Sanitation, dispensaries and jails vaccination Rajputana 1922-1927 - 1922-1927
Year: 1922
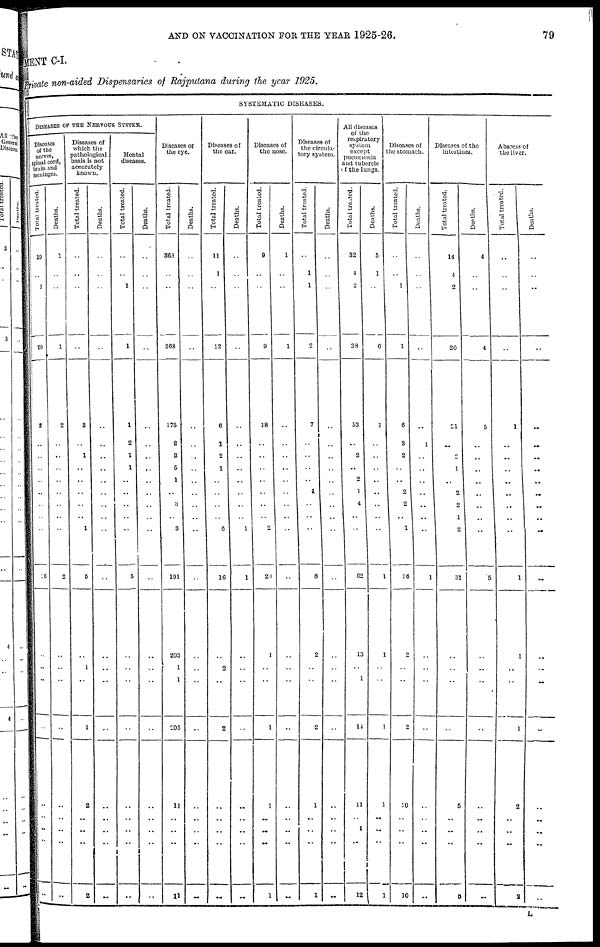
AND ON VACCINATION FOR THE YEAR 1925-26.
79
MENT C-I.
Private non-aided Dispensaries of Rajputana during the year 1925.
SYSTEMATIC DISEASES.
DISEASES OF THE NERVOUS SYSTEM.
Diseases
of the
nerves,
spinal cord,
brain and
meninges.
Total treated.
19
..
1
20
2
..
..
..
..
..
..
..
..
26
..
..
..
..
..
..
..
..
..
Deaths.
1
..
..
1
2
..
..
..
..
..
..
..
..
2
..
..
..
..
..
..
..
..
..
Diseases of
which the
pathological
basis is not
accurately
known.
Total treated.
..
..
..
..
3
..
1
..
..
..
..
..
1
5
..
1
..
1
2
..
..
..
2
Deaths.
..
..
..
..
..
..
..
..
..
..
..
..
..
..
..
..
..
..
..
..
..
..
..
Mental
diseases.
Total treated.
..
..
1
1
1
2
1
1
..
..
..
..
..
5
..
..
..
..
..
..
..
..
..
Deaths.
..
..
..
..
..
..
..
..
..
..
..
..
..
..
..
..
..
..
..
..
..
..
..
Diseases of
the eye.
Total treated.
368
..
..
368
175
2
2
5
1
..
3
..
3
191
203
1
1
205
11
..
..
..
11
Deaths.
..
..
..
..
..
..
..
..
..
..
..
..
..
..
..
..
..
..
..
..
..
..
..
Diseases of
the ear.
Total treated.
11
1
..
12
6
1
2
1
..
..
..
..
6
16
..
2
..
2
..
..
..
..
..
Deaths.
..
..
..
..
..
..
..
..
..
..
..
..
1
1
..
..
..
..
..
..
..
..
..
Diseases of
the nose.
Total treated.
9
..
..
9
18
..
..
..
..
..
..
..
2
20
1
..
..
1
1
..
..
..
1
Deaths.
1
..
..
1
..
..
..
..
..
..
..
..
..
..
..
..
..
..
..
..
..
..
..
Diseases of
the circula-
tory system.
Total treated.
..
1
1
2
7
..
..
..
..
1
..
..
..
8
2
..
..
2
1
..
..
..
1
Deaths.
..
..
..
..
..
..
..
..
..
..
..
..
..
..
..
..
..
..
..
..
..
..
..
All diseases
of the
respiratory
system
except
pneumonia
and tubercle
of the lungs.
Total treated.
32
4
2
38
53
..
2
..
2
1
4
..
..
62
13
..
1
14
11
..
1
..
12
Deaths.
5
1
..
6
1
..
..
..
..
..
..
..
..
1
1
..
..
1
1
..
..
..
1
Diseases of
the stomach.
Total treated.
..
..
1
1
6
3
2
..
..
2
2
..
1
16
2
..
..
2
10
..
..
..
10
Deaths.
..
..
..
..
..
1
..
..
..
..
..
..
..
1
..
..
..
..
..
..
..
..
..
Diseases of the
intestines.
Total treated.
14
4
2
20
21
..
2
1
..
2
2
1
2
31
..
..
..
..
5
..
..
..
5
Deaths.
4
..
..
4
5
..
..
..
..
..
..
..
..
5
..
..
..
..
..
..
..
..
..
Abscess of
the liver.
Total treated.
..
..
..
..
1
..
..
..
..
..
..
..
..
1
1
..
..
1
2
..
..
..
2
Deaths.
..
..
..
..
..
..
..
..
..
..
..
..
..
..
..
..
..
..
..
..
..
..
..
L